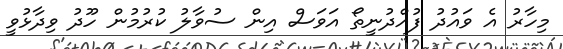
މިހާރު އެ ވައުދު ފުއްދުނީތޯ އަވަސް އިން ސުވާލު ކުރުމުން ހޫދު ވިދާޅުވީ